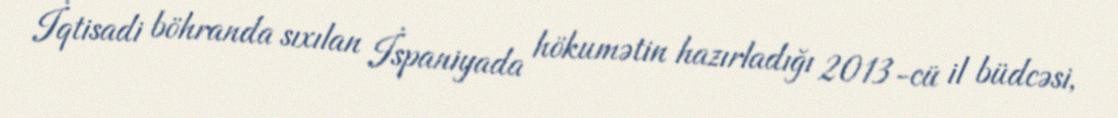
İqtisadi böhranda sıxılan İspaniyada hökumətin hazırladığı 2013-cü il büdcəsi,